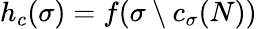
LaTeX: h_{c}(\sigma)=f(\sigma\setminus c_{\sigma}({N}))